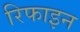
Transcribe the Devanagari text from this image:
रिफाइन